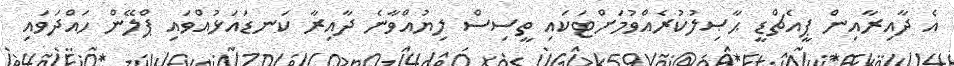
އެ ދާއިރާއިން ޕީއެޗްޑީ ޙާޞިލުކުރެއްވުމަށްޓަކައި ތީސިސް ލިޔުއްވާނެ ދާއިރާ ކަނޑައަޅުއްވައި ޕްލޭން ހައްދަވައި